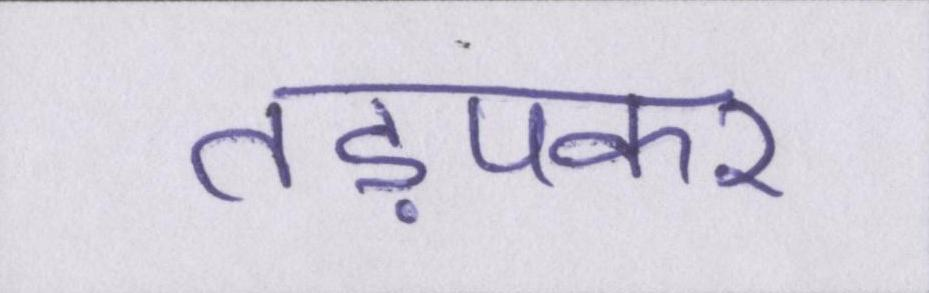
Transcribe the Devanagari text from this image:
तड़पकर